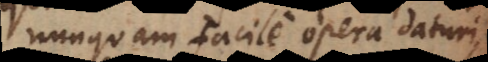
nunquam facile opera daturi,